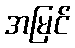
အမြင်